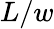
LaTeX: L/w